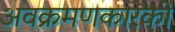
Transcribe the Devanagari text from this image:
अवक्रमणकारकों